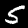
Label: 5